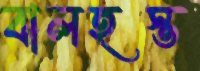
বালহস্ত